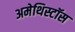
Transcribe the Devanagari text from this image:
अमेथिस्टॉस